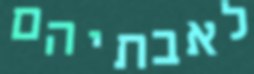
לאבתיהם